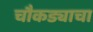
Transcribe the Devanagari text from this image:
चौकड्याचा